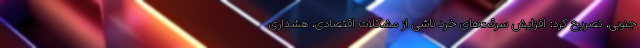
جنوبی، تصریح کرد: افزایش سرقت‌های خرد ناشی از مشکلات اقتصادی، هشداری